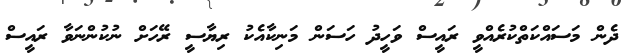
ދެން މަސައްކަތްކުރެއްވީ ރައީސް ވަހީދު ހަސަން މަނިކާއެކު ރިޔާސީ ރޭހަށް ނުކުންނަވާ ރައީސް